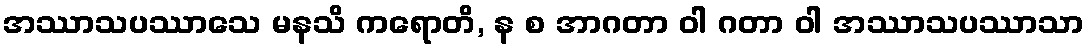
အဿာသပဿာသေ မနသိ ကရောတိ, န စ အာဂတာ ဝါ ဂတာ ဝါ အဿာသပဿာသာ